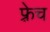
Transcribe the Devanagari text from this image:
फ़्रेच